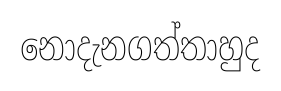
නොදැනගත්තාහුද